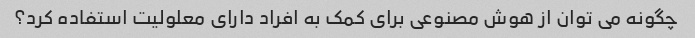
چگونه می توان از هوش مصنوعی برای کمک به افراد دارای معلولیت استفاده کرد؟